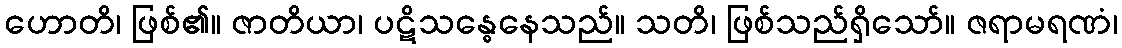
ဟောတိ၊ ဖြစ်၏။ ဇာတိယာ၊ ပဋိသန္ဓေနေသည်။ သတိ၊ ဖြစ်သည်ရှိသော်။ ဇရာမရဏံ၊